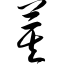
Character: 萁